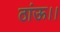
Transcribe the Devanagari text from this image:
ठांऊ।।